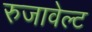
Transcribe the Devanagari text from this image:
रुजावेल्ट